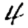
Digit: 4